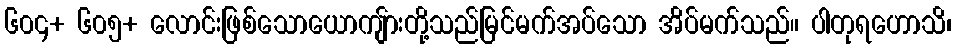
၆၀၄+ ၆၀၅+ လောင်းဖြစ်သောယောကျ်ားတို့သည်မြင်မက်အပ်သော အိပ်မက်သည်။ ပါတုရဟောသိ၊